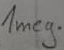
Text: 1meg.